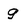
Character: g